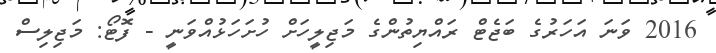
2016 ވަނަ އަހަރުގެ ބަޖެޓް ރައްޔިތުންގެ މަޖިލީހަށް ހުށަހަޅުއްވަނީ - ފޮޓޯ: މަޖިލިސް